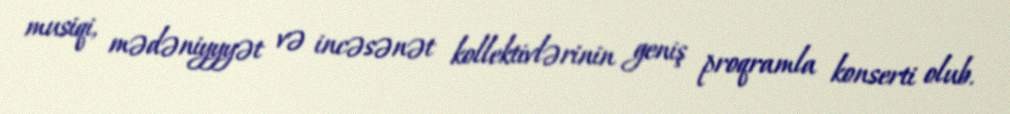
musiqi, mədəniyyyət və incəsənət kollektivlərinin geniş proqramla konserti olub.